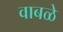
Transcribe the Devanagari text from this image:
वाबळे